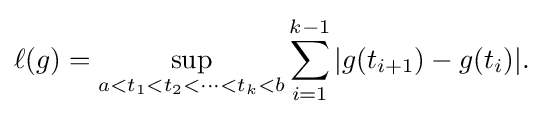
\displaystyle {\ell (g)=\sup _{a<t_{1}<t_{2}<\cdots <t_{k}<b}\sum _{i=1}^{k-1}|g(t_{i+1})-g(t_{i})|.}